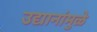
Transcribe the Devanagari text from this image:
उद्यानांमुळे